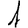
Digit: 1